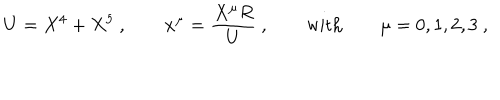
LaTeX: U = X ^ { 4 } + X ^ { 5 } \ , \qquad x ^ { \mu } = \frac { X ^ { \mu } R } { U } \ , \qquad \mathrm { w i t h } \qquad \mu = 0 , 1 , 2 , 3 \ ,